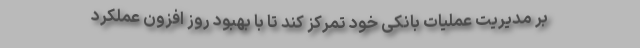
بر مدیریت عملیات بانکی خود تمرکز کند تا با بهبود روز افزون عملکرد